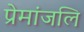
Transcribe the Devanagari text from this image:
प्रेमांजलि